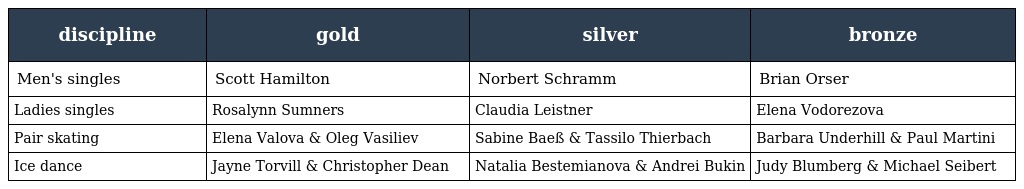
| discipline | gold | silver | bronze |
 | --- | --- | --- | --- |
 | Men's singles | Scott Hamilton | Norbert Schramm | Brian Orser |
 | Ladies singles | Rosalynn Sumners | Claudia Leistner | Elena Vodorezova |
 | Pair skating | Elena Valova & Oleg Vasiliev | Sabine Baeß & Tassilo Thierbach | Barbara Underhill & Paul Martini |
 | Ice dance | Jayne Torvill & Christopher Dean | Natalia Bestemianova & Andrei Bukin | Judy Blumberg & Michael Seibert |